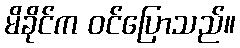
မိခိုင်က ဝင်ပြောသည်။